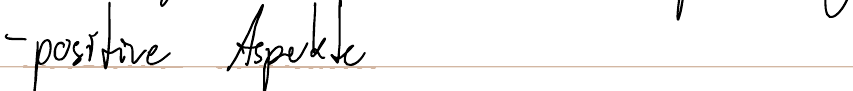
- positive Aspekte